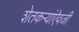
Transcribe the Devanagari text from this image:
शेतकऱ्यांऐवजी